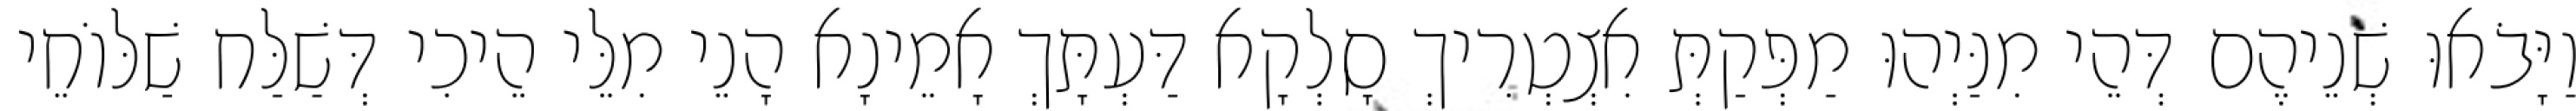
וַיָּבֹאוּ שְׁנֵיהֶם דְּהֵי מִנַּיְהוּ מַפְּקַתְּ אִצְטְרִיךְ סָלְקָא דַּעְתָּךְ אָמֵינָא הָנֵי מִלֵּי הֵיכִי דְּשַׁלַּח שַׁלּוֹחֵי